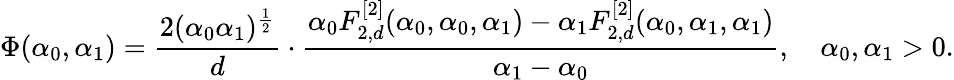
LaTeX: \Phi(\alpha_{0},\alpha_{1})=\frac{2(\alpha_{0}\alpha_{1})^{\frac 12}}{d}\cdot\frac{\alpha_{0}F_{2,d}^{[2]}(\alpha_{0},\alpha_{0},\alpha_{1})-\alpha_{1}F_{2,d}^{[2]}(\alpha_{0},\alpha_{1},\alpha_{1})}{\alpha_{1}-\alpha_{0}},\quad\alpha_{0},\alpha_{1}>0.